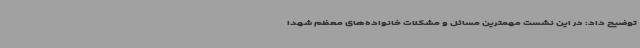
توضیح داد: در این نشست مهمترین مسائل و مشکلات خانواده‌های معظم شهدا